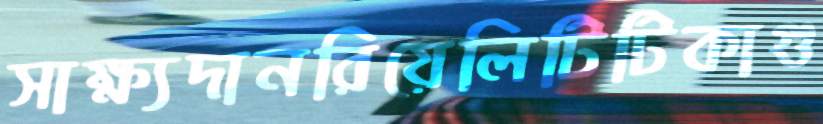
সাক্ষ্যদানরিয়েলিটিটিকাগু